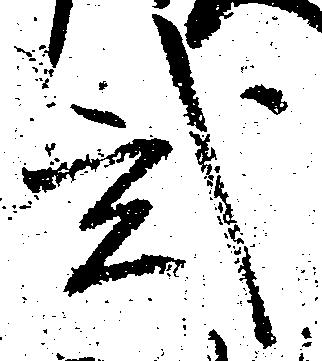
弐